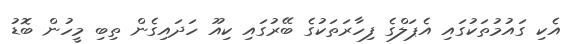
އެކި ގައުމުތަކުގައި އެޕަލްގެ ފިހާރަތަކުގެ ބޭރުގައި ކިއޫ ހަދައިގެން ތިބި މީހުން ބޮޑު